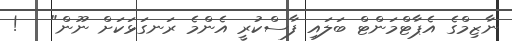
ނާޒިމްގެ އެޕާޓްމަންޓް ބަލައި ފާސްކުރީ އެންމެ ރަނގަޅަކަށް ނޫން"   !